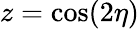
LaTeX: z=\cos(2\eta)